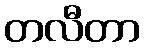
တလီတာ